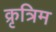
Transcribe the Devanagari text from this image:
क्रृत्रिम